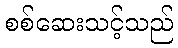
စစ်ဆေးသင့်သည်